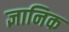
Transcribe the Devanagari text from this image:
ज्ञानिक